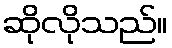
ဆိုလိုသည်။